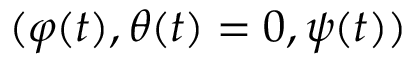
( \varphi ( t ) , \theta ( t ) = 0 , \psi ( t ) )